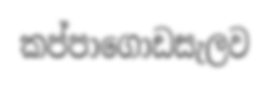
කප්පාගොඩසැලව